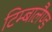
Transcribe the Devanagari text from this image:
टिम्बालैण्ड